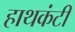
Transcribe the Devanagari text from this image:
हाथकंटी